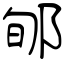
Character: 郇